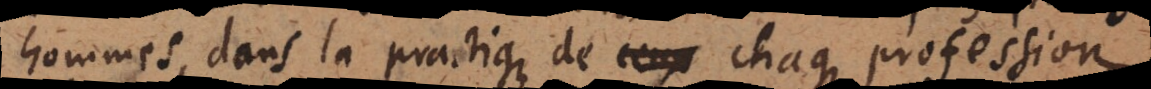
hommes dans la practique de ceux chaque profession.